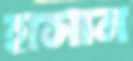
হাসান